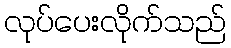
လုပ်ပေးလိုက်သည်